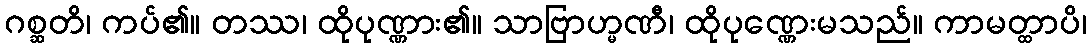
ဂစ္ဆတိ၊ ကပ်၏။ တဿ၊ ထိုပုဏ္ဏား၏။ သာဗြာဟ္မဏီ၊ ထိုပုဏ္ဏေးမသည်။ ကာမတ္ထာပိ၊